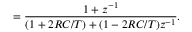
= { \frac { 1 + z ^ { - 1 } } { ( 1 + 2 R C / T ) + ( 1 - 2 R C / T ) z ^ { - 1 } } } .